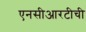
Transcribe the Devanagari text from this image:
एनसीआरटीची